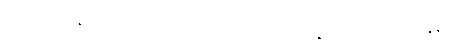
အရှည်ရှည်နှင့် ကချင်လွတ်မြောက်ရေးတပ်မတော်နှင့် ထုပ်လုပ်ခဲ့ပြီး 11:00